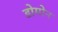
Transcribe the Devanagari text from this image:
डोमोन